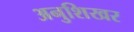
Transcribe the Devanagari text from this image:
अनुशिखर